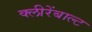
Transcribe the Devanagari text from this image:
क्लीरेंबाल्ट